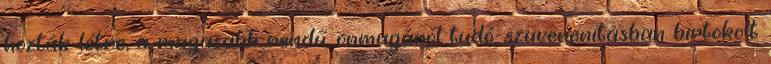
hozták létre, a magasabb rendű, önmagáról tudó, szuverenitásban birtokolt